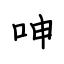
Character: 呻